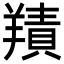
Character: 𦎸